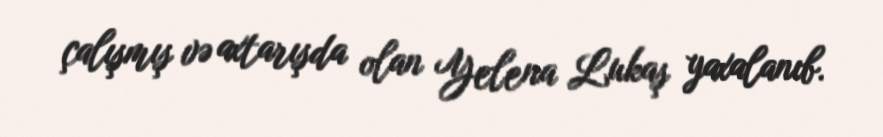
çalışmış və axtarışda olan Yelena Lukaş yaxalanıb.